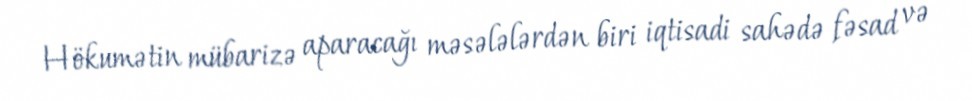
Hökumətin mübarizə aparacağı məsələlərdən biri iqtisadi sahədə fəsad və